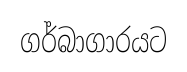
ගර්බාගාරයට